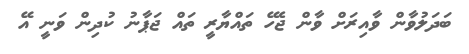
ބަދަލުވާން ވާއިރަށް ވާން ޖެހޭ ތައްޔާރީ ތައް ޖަޕާނު ކުދިން ވަނީ އޭ